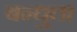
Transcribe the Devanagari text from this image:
बन्धुता